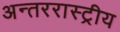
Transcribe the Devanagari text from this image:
अन्तररास्ट्रीय